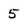
Character: 5